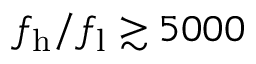
f _ { \mathrm { h } } / f _ { \mathrm { l } } \gtrsim 5 0 0 0